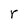
Character: r